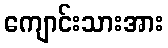
ကျောင်းသားအား